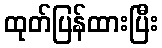
ထုတ်ပြန်ထားပြီး